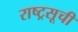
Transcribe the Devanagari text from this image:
राष्ट्रसूची